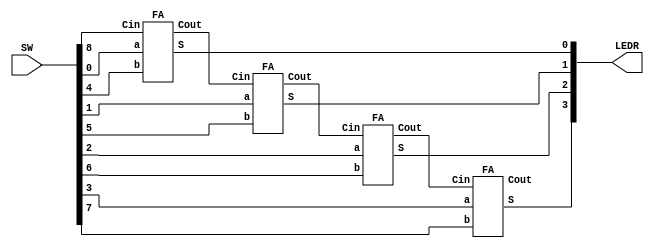
module adder4bit (SW, LEDR);
	input [8:0] SW;
	output [9:0] LEDR;
	wire C1, C2, C3;

	FA Bit0 (SW[0], SW[4], SW[8], LEDR[0], C1);
	FA Bit1 (SW[1], SW[5], C1, LEDR[1], C2);
	FA Bit2 (SW[2], SW[6], C2, LEDR[2], C3);
	FA Bit3 (SW[3], SW[7], C3, LEDR[3], LEDR[9]);
endmodule

module FA(a, b, Cin, S, Cout);
	input a, b, Cin;
	output S, Cout;
	assign S = Cin^b^a;
	assign Cout = (b&a)|(Cin&b)|(Cin&a);
endmodule